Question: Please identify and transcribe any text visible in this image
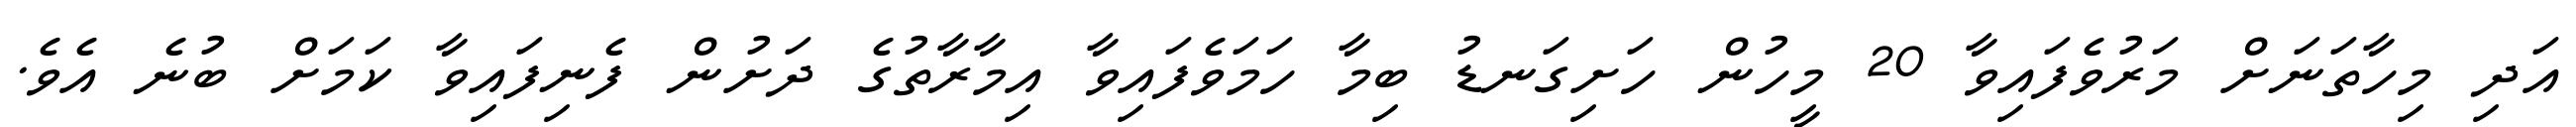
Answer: އަދި މިހާތަނަށް މަރުވެފައިވާ 20 މީހުން ހަށިގަނޑު ބިމާ ހަމަވެފައިވާ އިމާރާތުގެ ދަށުން ފެނިފައިވާ ކަމަށް ބުނެ އެވެ.